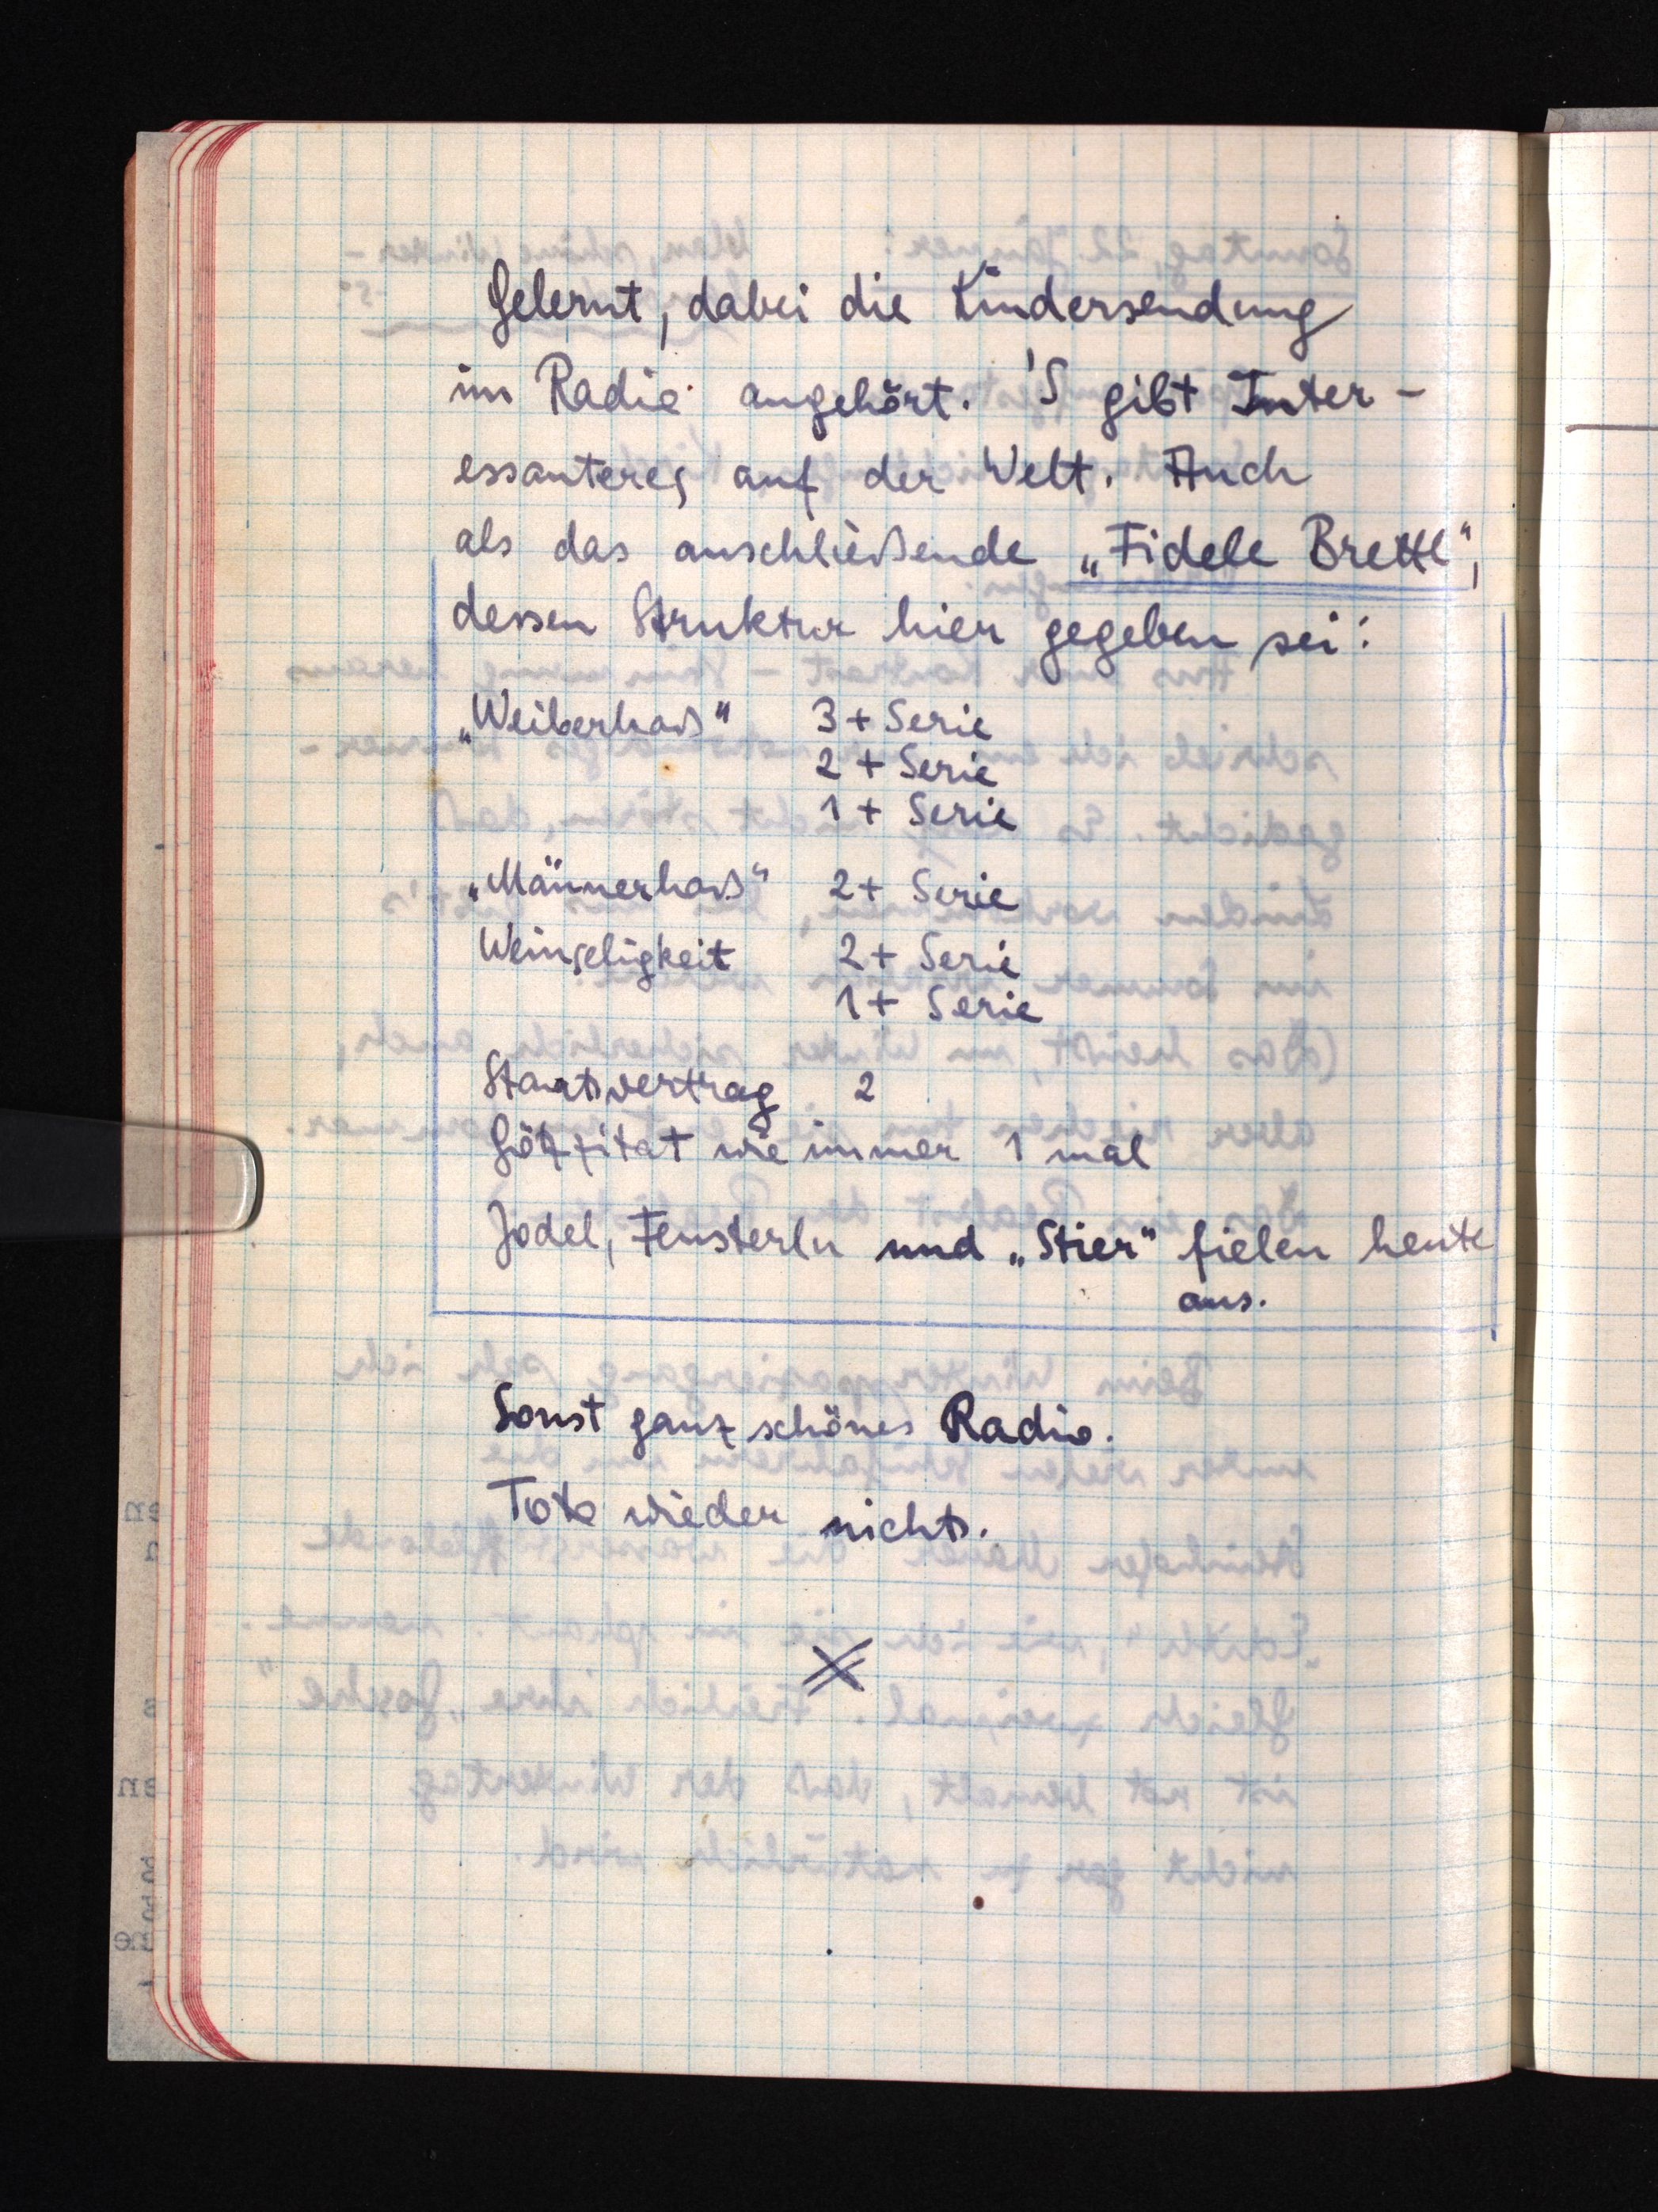
Gelernt, dabei die Kindersendung
im Radio angehört. 'S gibt Inter¬
essantes auf der Welt. Auch
als das anschließende "Fidele Brettl",
dessen Struktur hier gegeben sei:
"Weiberhaß"3 + Serie
2 + Serie
1+ Serie
"Männerhaß"2 + Serie
Weinseligkeit 2 + Serie
1 + Serie
Staatsvertrag 2
Götzzitat wie immer 1 mal
Jodel, Fensterln und "Stier" fielen heute
aus.
Sonst ganz schönes Radio.
Toto wieder nichts.